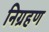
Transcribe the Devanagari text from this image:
निग्रहण